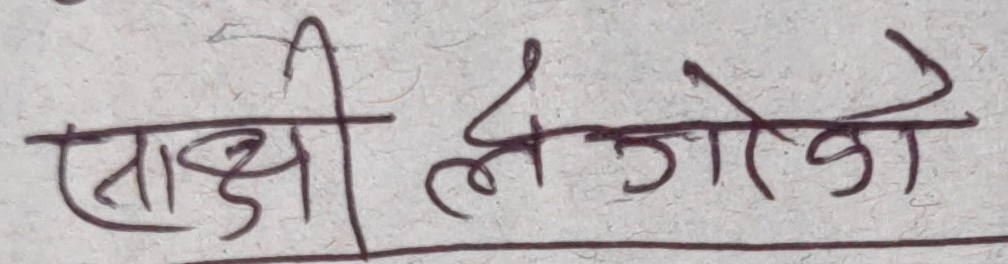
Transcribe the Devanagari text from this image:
साक्षी ले जो को